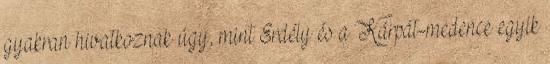
gyakran hivatkoznak úgy, mint Erdély és a Kárpát-medence egyik